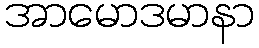
အာမောဒမာနာ